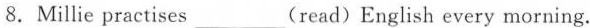
8.Millie practises ___(read)English every morning.